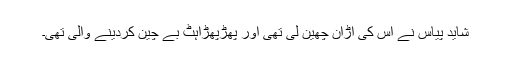
شاید پیاس نے اس کی اڑان چھین لی تھی اور پھڑپھڑاہٹ بے چین کردینے والی تھی۔